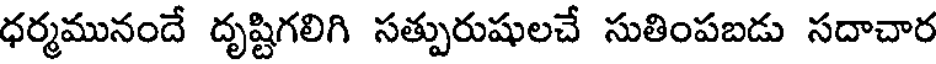
ధర్మమునందే దృష్టిగలిగి సత్పురుషులచే సుతింపబడు సదాచార